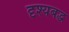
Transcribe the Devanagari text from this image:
दृश्यबद्ध